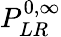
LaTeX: P_{LR}^{0,\infty}